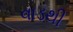
વાડથી